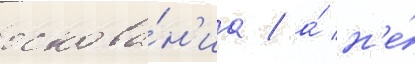
основа́н'иа / а́ н'е́